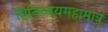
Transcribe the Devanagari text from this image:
विनिच्चयमहामात्र